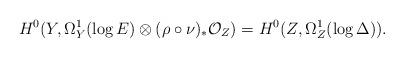
LaTeX: \begin{align*}H^0(Y,\Omega_Y^1(\log E)\otimes (\rho\circ\nu)_*\mathcal O_Z)=H^0(Z,\Omega_Z^1(\log\Delta)).\end{align*}